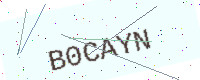
Text: B0CAYN